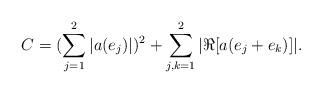
LaTeX: \begin{align*}C=(\sum_{j=1}^{2} |a(e_j)|)^2+\sum_{j,k=1}^{2} |\Re [a(e_j+e_k)]|.\end{align*}